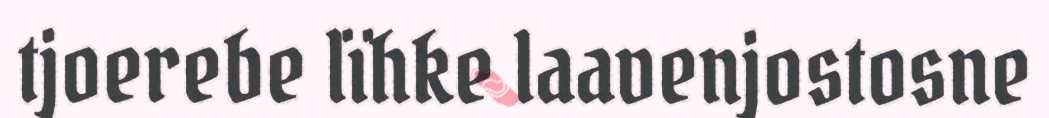
tjoerebe lïhke laavenjostosne